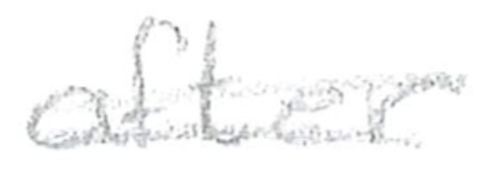
Text: after
Cross-out: double-line
Writing tool: pencil